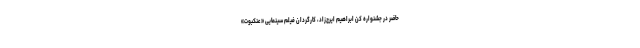
حاضر در جشنواره کن ابراهیم ایرج‌زاد، کارگردان فیلم سینمایی «عنکبوت»